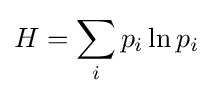
H=\sum _{i}p_{i}\ln p_{i}